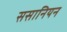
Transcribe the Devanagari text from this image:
ससानियन